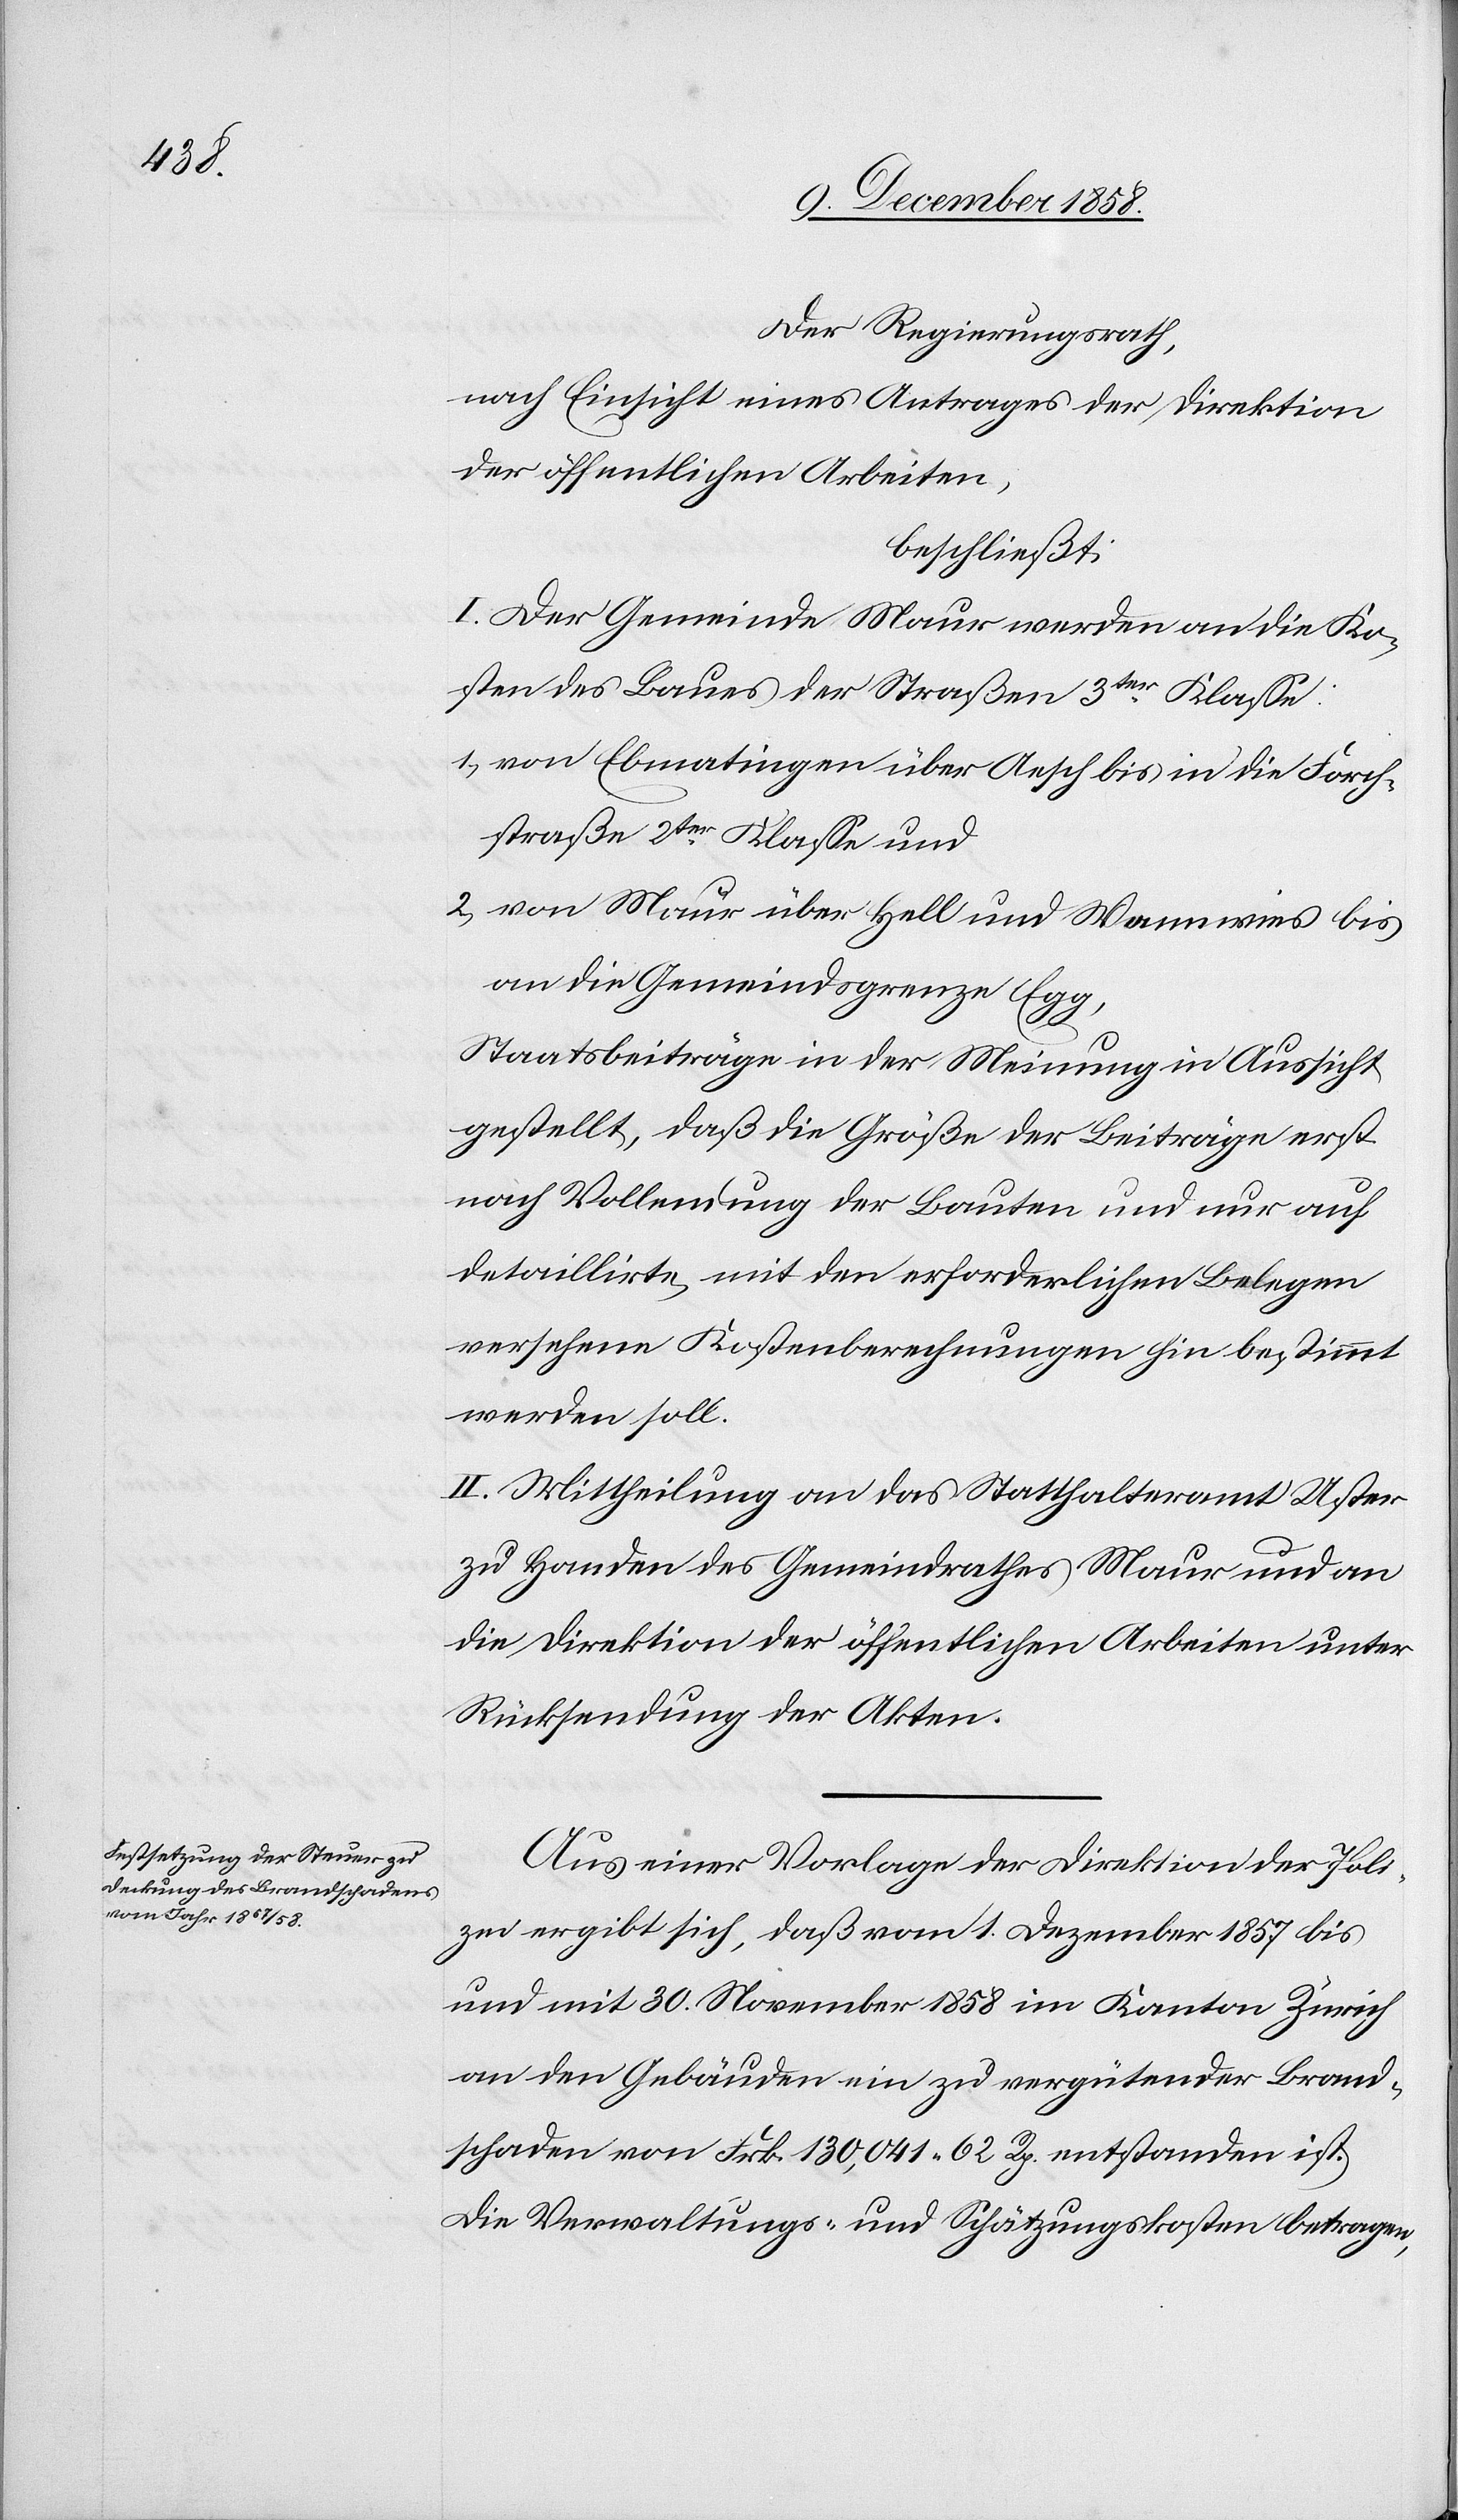
Der Regierungsrath,
nach Einsicht eines Antrages der Direktion
der öffentlichen Arbeiten,
beschließt:
I. Der Gemeinde Maur werden an die Ko¬
sten des Baues der Straßen 3ter Klasse:
1.) von Ebmatingen über Aesch bis in die Forch¬
straße 2ter Klasse und
2.) von Maur über Hell und Wannwies bis
an die Gemeindsgrenze Egg,
Staatsbeiträge in der Meinung in Aussicht
gestellt, daß die Größe der Beiträge erst
nach Vollendung der Bauten und nur auf
detaillirte, mit den erforderlichen Belegen
versehene Kostenberechnungen hin bestimmt
werden soll.
II. Mittheilung an das Statthalteramt Uster
zu Handen des Gemeindrathes Maur und an
die Direktion der öffentlichen Arbeiten unter
Rücksendung der Akten.
Aus einer Vorlage der Direktion der Poli¬
zei ergibt sich, daß vom 1. Dezember 1857 bis
und mit 30. November 1858 im Kanton Zürich
an den Gebäuden ein zu vergütender Brand¬
schaden von Frk. 130,041 62 Rp. entstanden ist.
Die Verwaltungs- und Schätzungskosten betragen,